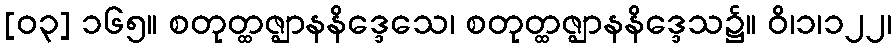
[၀၃] ၁၆၅။ စတုတ္ထဇ္ဈာနနိဒ္ဒေသေ၊ စတုတ္ထဇ္ဈာနနိဒ္ဒေသ၌။ ဝိ၊၁၊၁၂၂၊